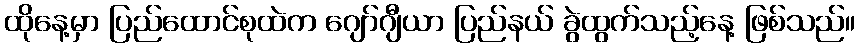
ထိုနေ့မှာ ပြည်ထောင်စုထဲက ဂျော်ဂျီယာ ပြည်နယ် ခွဲထွက်သည့်နေ့ ဖြစ်သည်။